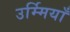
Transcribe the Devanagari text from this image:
उर्म्मियाँ